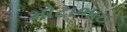
મોટાભાઇ